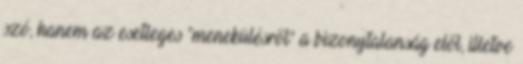
szó, hanem az esetleges "menekülésről" a bizonytalanság elől, illetve